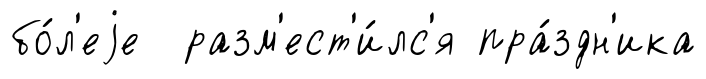
бо́л'еjе разм'ест'и́лс'я пра́здн'ика